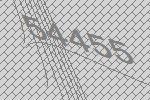
54455